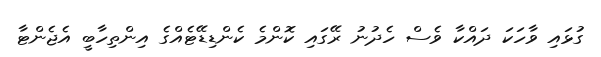
ގުޅައި ވާހަކަ ދައްކާ ވެސް ހެދުނު ރޭގައި ކޮންމެ ކެންޑިޑޭޓެއްގެ އިންތިހާބީ އެޖެންޓާ